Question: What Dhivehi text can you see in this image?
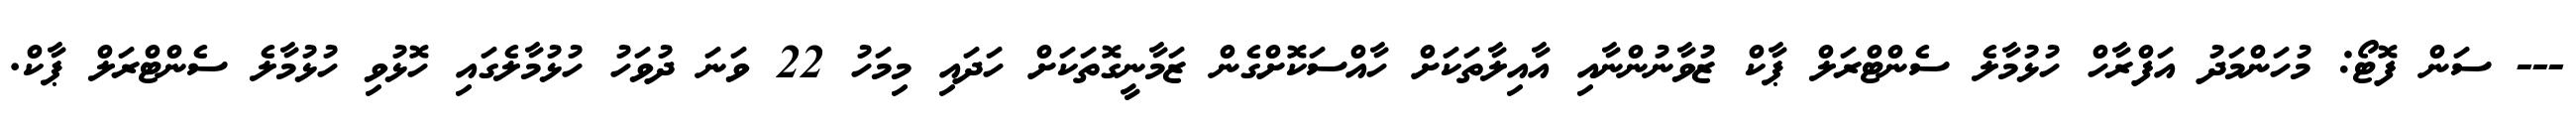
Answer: --- ސަން ފޮޓޯ: މުހަންމަދު އަފްރާހް ހުޅުމާލެ ސެންޓްރަލް ޕާކް ޒުވާނުންނާއި އާއިލާތަކަށް ހާއްސަކޮށްގެން ޒަމާނީގޮތަކަށް ހަދައި މިމަހު 22 ވަނަ ދުވަހު ހުޅުމާލެގައި ހޮޅުވި ހުޅުމާލެ ސެންޓްރަލް ޕާކް.